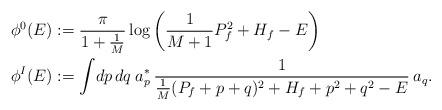
LaTeX: \begin{align*} \phi^0(E) &:= \frac{\pi}{1+\frac{1}{M}}\log\left(\frac{1}{M+1} P_f^2 + H_f - E \right)\\ \phi^I(E) &:= \int \! dp \, dq \: a_p^* \: \frac{1}{\frac{1}{M}(P_f + p + q)^2 + H_f + p^2 + q^2 - E} \: a_q.\end{align*}